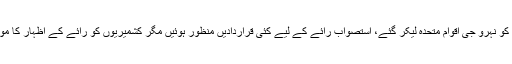
مسئلہ کشمیر کو نہرو جی اقوام متحدہ لیکر گئے، استصواب رائے کے لیے کئی قراردادیں منظور ہوئیں مگر کشمیریوں کو رائے کے اظہار کا موقع نہ دیا گیا۔